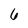
Character: 6